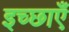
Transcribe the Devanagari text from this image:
इच्‍छाएँ